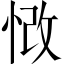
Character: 𢚲